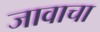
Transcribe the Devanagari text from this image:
जावाचा